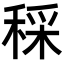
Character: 𥟩